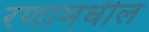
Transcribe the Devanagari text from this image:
रणामधील